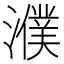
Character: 濮